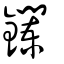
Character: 鑭